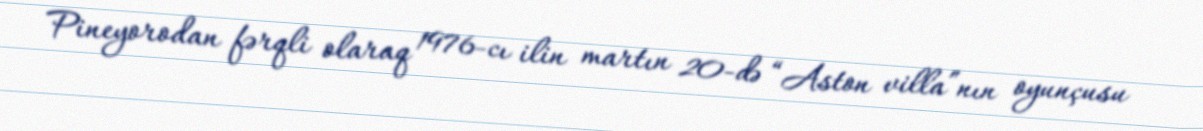
Pineyorodan fərqli olaraq 1976-cı ilin martın 20-də “Aston villa”nın oyunçusu